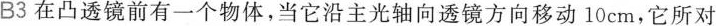
B3 在凸透镜前有一个物体，当它沿主光轴向透镜方向移动10cm，它所对